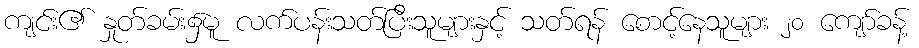
ကျင်း၏ နှုတ်ခမ်း၌မူ လက်ပန်းသတ်ပြီးသူများနှင့် သတ်ရန် စောင့်နေသူများ ၂၀ ကျော်ခန့်